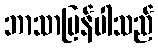
ဘာသာပြန်ပါသည်